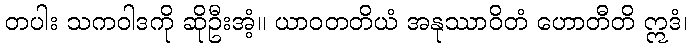
တပါး သကဝါဒကို ဆိုဦးအံ့။ ယာဝတတိယံ အနုဿာဝိတံ ဟောတီတိ ဣဒံ၊